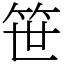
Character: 笹